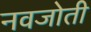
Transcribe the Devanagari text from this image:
नवजोती